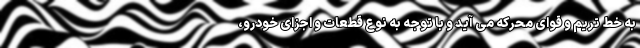
به خط تریم و قوای محرکه می آید و با توجه به نوع قطعات و اجزای خودرو،